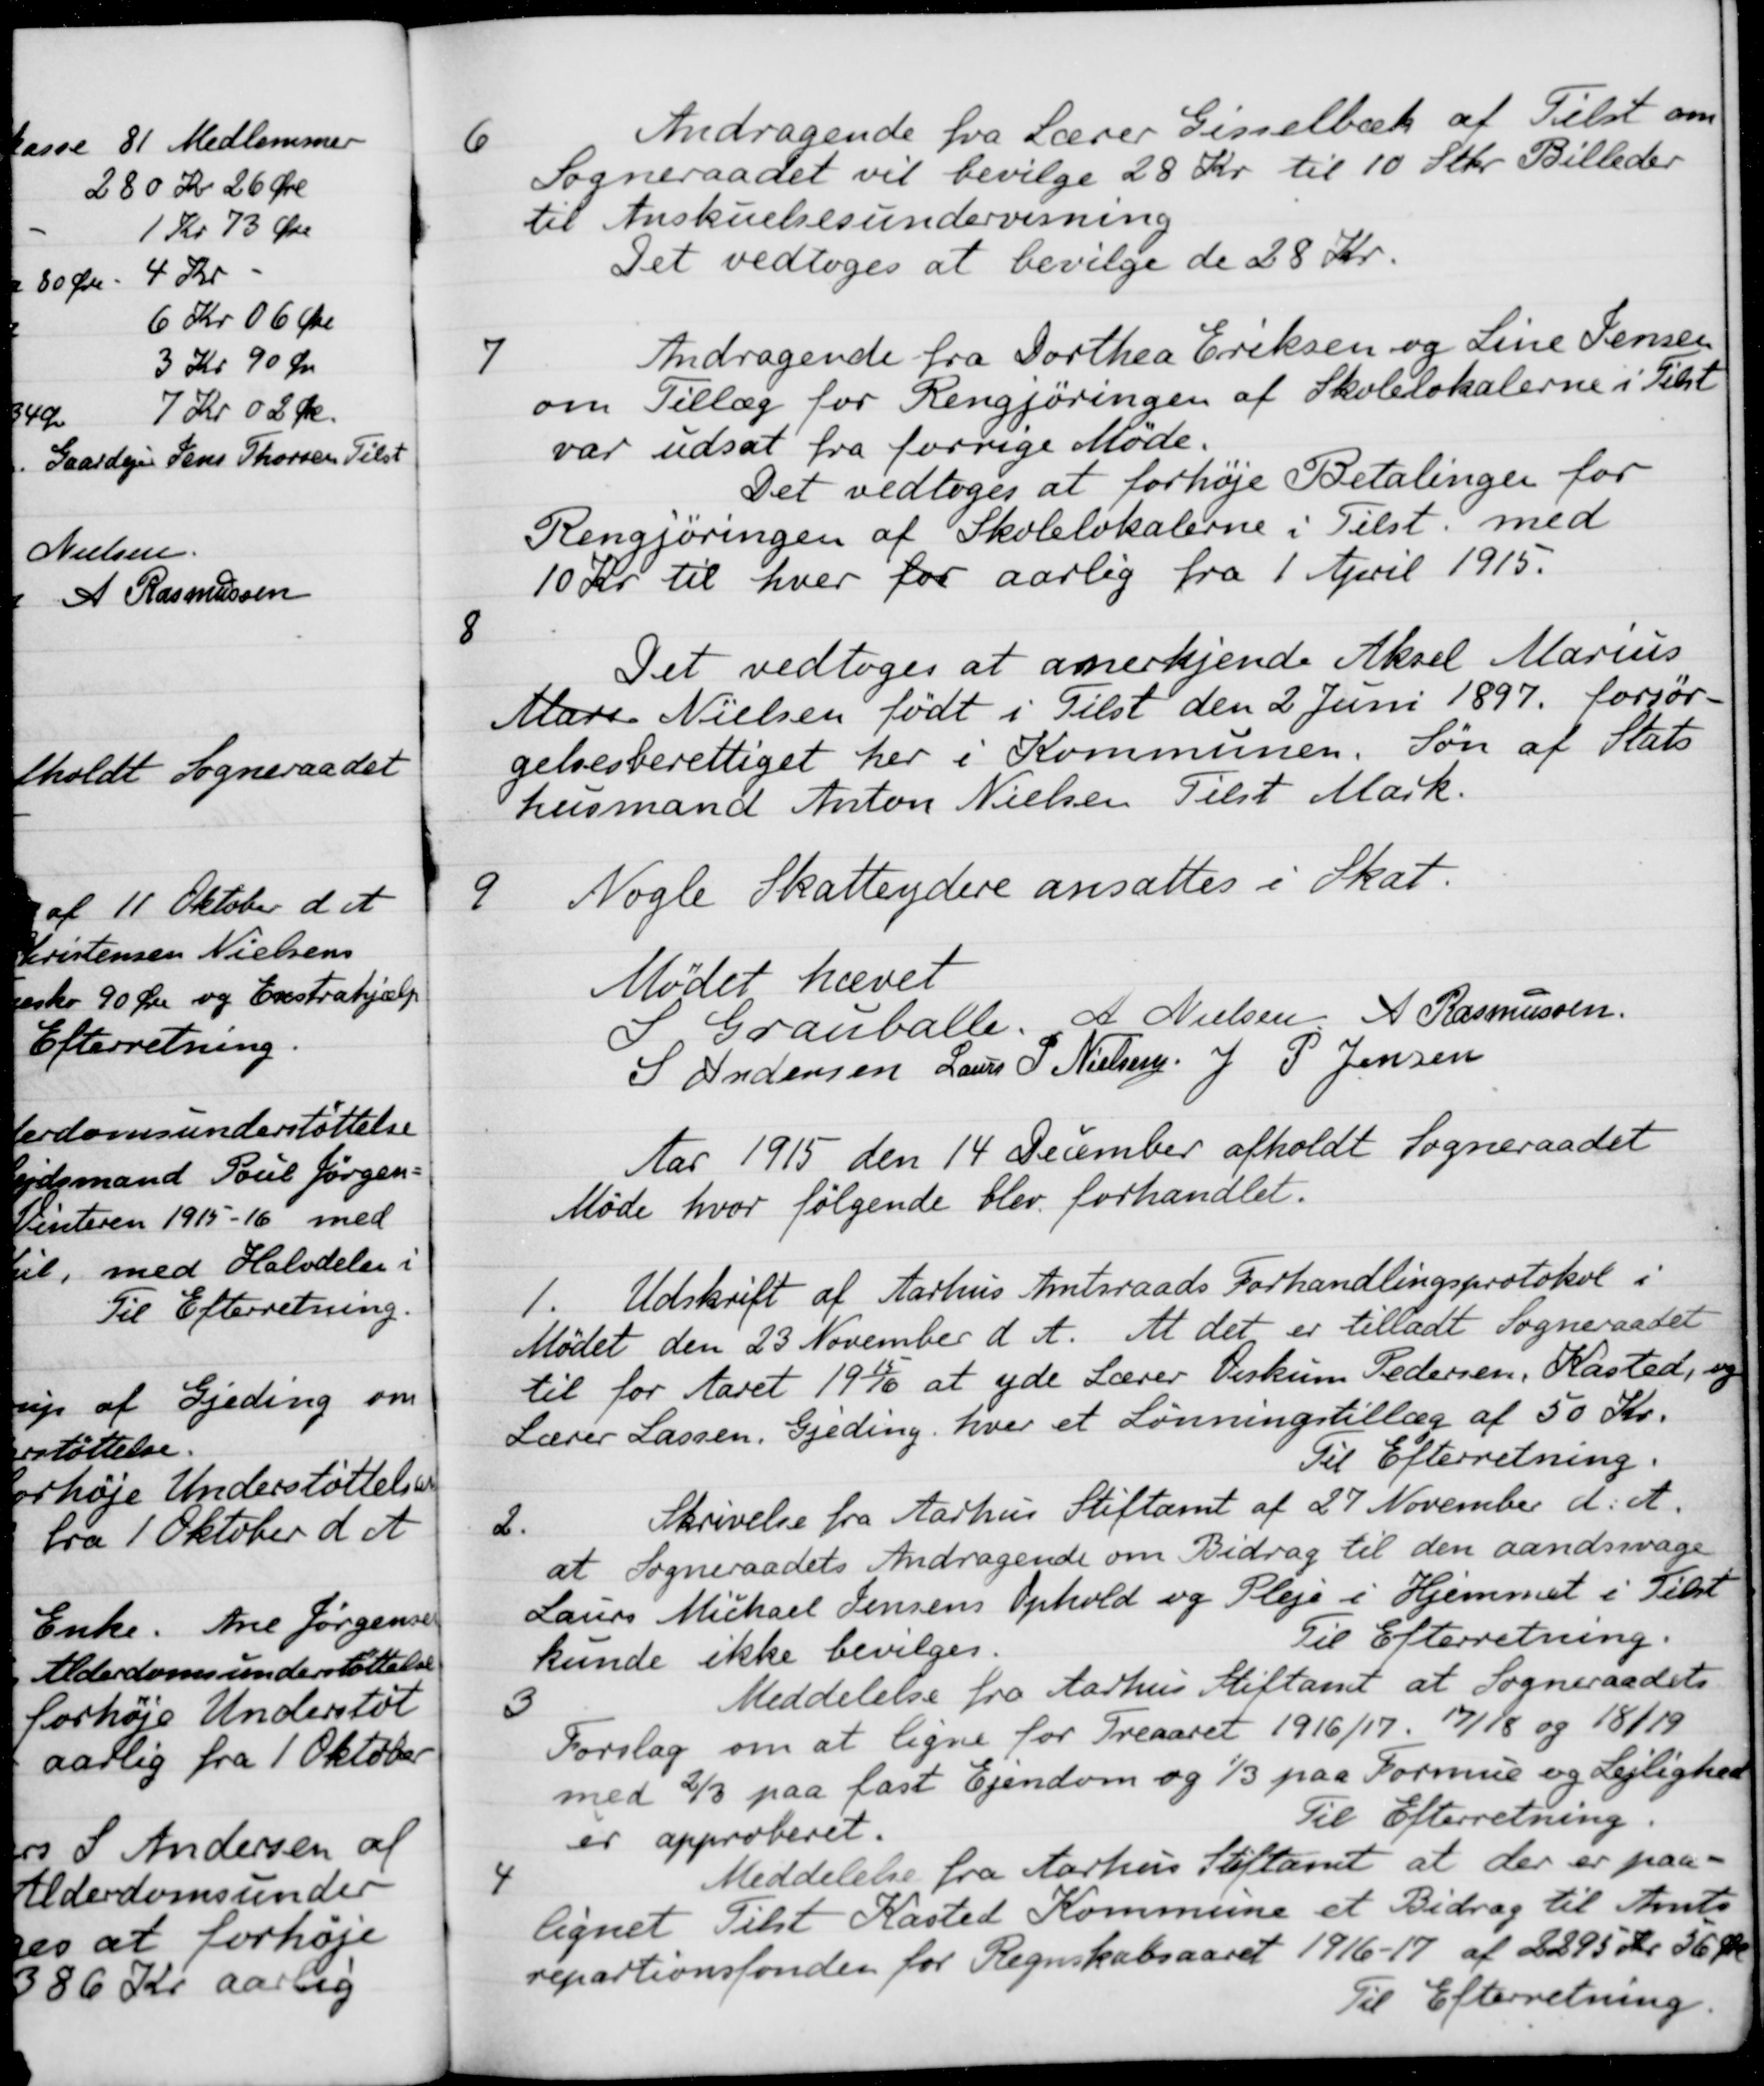
Transskription:
6
Andragende fra Lærer Gisselbæk af Tilst om
Sogneraadet vil bevilge 28 Kr. til 10 Stkr. Billeder
til Anskuelsesundervisning
Det vedtoges at bevilge de 28 Kr.
7
Andragende fra Dorthea Eriksen og Line Jensen
om Tillæg for Rengjøringen af Skolelokalerne i Tilst
var udsat fra forrige Møde.
Det vedtoges at forhøje Betalingen for
Rengjøringen af Skolelokalerne i Tilst. med
10 Kr. til hver for aarlig fra 1 April 1915.
8
Det vedtoges at anerkjende Aksel Marius
Mare Nielsen født i Tilst den 2 Juni 1897 forsør-
gelsesberettiget her i Kommunen. Søn af Stats
husmand Anton Nielsen Tilst Mark.
9
Nogle Skatteydere ansattes i Skat.
Mødet hævet
S. Grauballe
A. Nielsen
A Rasmussen
S Andersen
Laurs P Nielsen
J. P. Jensen
Aar 1915 den 14 December afholdt Sogneraadet
Møde hvor følgende blev forhandlet.
1.
Udskrift af Aarhus Amtsraads Forhandlingsprotokol i
Mødet den 23 November d. A. At det er tilladt Sogneraadet
til for Aaret 1915/16 at yde Lærer Viskum Pedersen, Kasted, og
Lærer Lassen, Gjeding, hver et Lønningstillæg af 50 Kr.
Til Efterretning.
2.
Skrivelse fra Aarhus Stiftamt af 27 November d. A.
at Sogneraadets Andragende om Bidrag til den aandssvage
Laurs Michael Jensens Ophold og Pleje i Hjemmet i Tilst
kunde ikke bevilges.
Til Efterretning.
3
Meddelelse fra Aarhus Stiftamt at Sogneraadets
Forslag om at ligne for Treaaret 1916/17 17/18 og 18/19
med 2/3 paa fast Ejendom og 1/3 paa Formue og Lejlighed
er approberet.
Til Efterretning
4
Meddelelse fra Aarhus Stiftamt at der er paa-
lignet Tilst Kasted Kommune et Bidrag til Amts
repartionsfonden for Regnskabsaaret 1916-17 af 2295 Kr. 56 Øre
Til Efterretning.